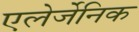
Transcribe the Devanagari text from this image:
एलेर्जेनिक